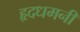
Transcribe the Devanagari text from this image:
हृदधमनी